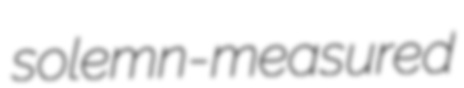
solemn-measured